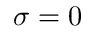
\sigma = 0